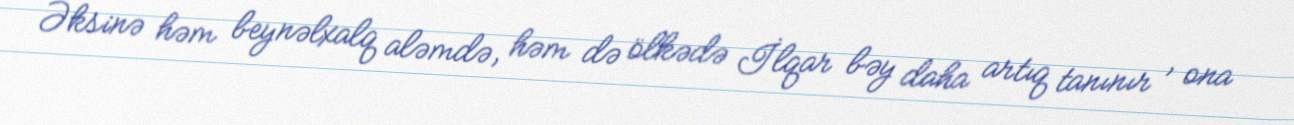
Əksinə həm beynəlxalq aləmdə, həm də ölkədə İlqar bəy daha artıq tanınır , ona